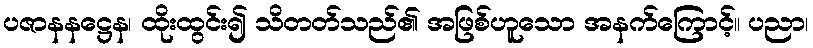
ပဇာနနဋ္ဌေန၊ ထိုးထွင်း၍ သိတတ်သည်၏ အဖြစ်ဟူသော အနက်ကြောင့်။ ပညာ၊